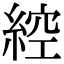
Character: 𦁈